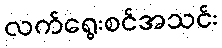
လက်ရွေးစင်အသင်း